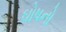
ઘોષનો